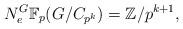
LaTeX: \begin{align*}N_{e}^{G}\mathbb F_{p}(G/C_{p^{k}})=\mathbb Z/p^{k+1},\end{align*}